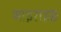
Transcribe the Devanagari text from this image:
थाइराइङ